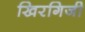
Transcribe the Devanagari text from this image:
खिरगिजी